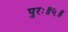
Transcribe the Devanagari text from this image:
पुरः॥५॥